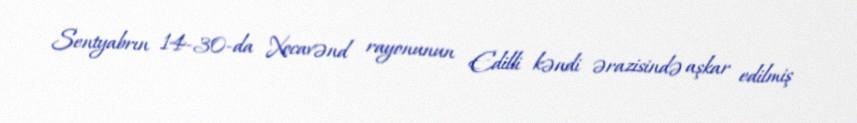
Sentyabrın 14-30-da Xocavənd rayonunun Edilli kəndi ərazisində aşkar edilmiş